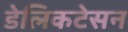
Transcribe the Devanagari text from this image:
डेलिकटेसन